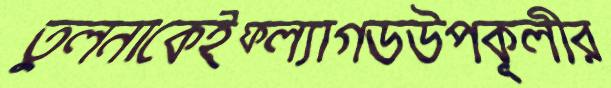
তুলনাকেইফ্ল্যাগডউপকূলীর